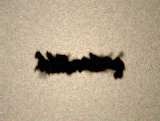
qabardıldı.